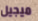
ميجيل